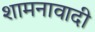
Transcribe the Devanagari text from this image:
शामनावादी